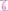
Text: 6